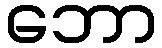
ဘော